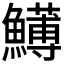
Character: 𩼬